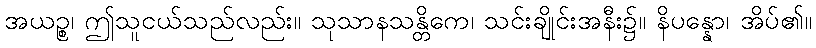
အယဉ္စ၊ ဤသူငယ်သည်လည်း။ သုသာနသန္တိကေ၊ သင်းချိုင်းအနီး၌။ နိပန္နော၊ အိပ်၏။